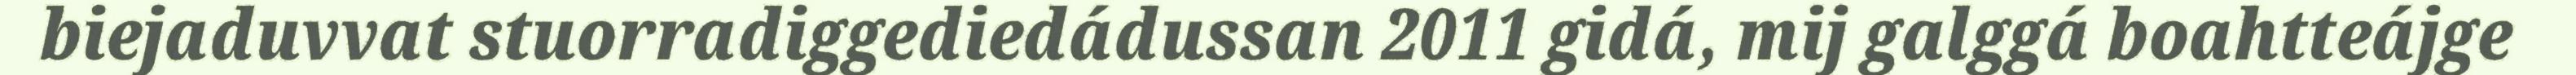
biejaduvvat stuorradiggediedádussan 2011 gidá, mij galggá boahtteájge